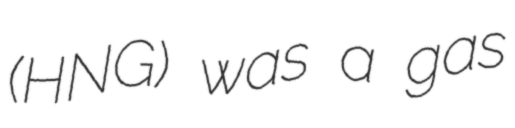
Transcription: (HNG) was a gas